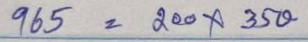
965 = 200 x 350